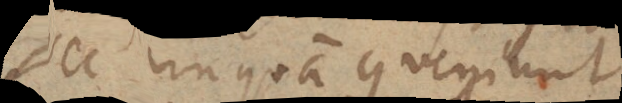
Nec unquam conveniunt